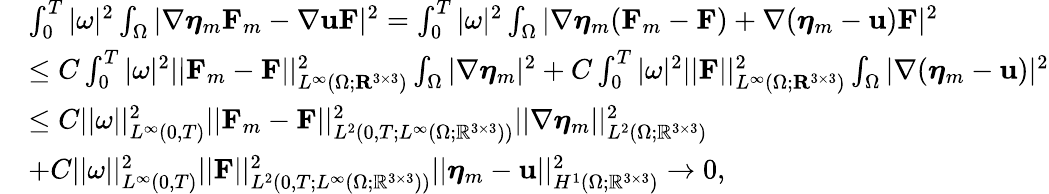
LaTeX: \begin{array}{rl}&{\int_{0}^{T}|\omega|^{2}\int_{\Omega}|\nabla\boldsymbol{\eta}_{m}\mathbf{F}_{m}-\nabla\mathbf{u}\mathbf{F}|^{2}=\int_{0}^{T}|\omega|^{2}\int_{\Omega}|\nabla\boldsymbol{\eta}_{m}(\mathbf{F}_{m}-\mathbf{F})+\nabla(\boldsymbol{\eta}_{m}-\mathbf{u})\mathbf{F}|^{2}}\\ &{\leq C\int_{0}^{T}|\omega|^{2}||\mathbf{F}_{m}-\mathbf{F}||_{L^{\infty}(\Omega;\mathbf{R}^{3\times 3})}^{2}\int_{\Omega}|\nabla\boldsymbol{\eta}_{m}|^{2}+C\int_{0}^{T}|\omega|^{2}||\mathbf{F}||_{L^{\infty}(\Omega;\mathbf{R}^{3\times 3})}^{2}\int_{\Omega}|\nabla(\boldsymbol{\eta}_{m}-\mathbf{u})|^{2}}\\ &{\leq C||\omega||_{L^{\infty}(0,T)}^{2}||\mathbf{F}_{m}-\mathbf{F}||_{L^{2}(0,T;L^{\infty}(\Omega;\mathbb{R}^{3\times 3}))}^{2}||\nabla\boldsymbol{\eta}_{m}||_{L^{2}(\Omega;\mathbb{R}^{3\times 3})}^{2}}\\ &{+C||\omega||_{L^{\infty}(0,T)}^{2}||\mathbf{F}||_{L^{2}(0,T;L^{\infty}(\Omega;\mathbb{R}^{3\times 3}))}^{2}||\boldsymbol{\eta}_{m}-\mathbf{u}||_{H^{1}(\Omega;\mathbb{R}^{3\times 3})}^{2}\to 0,}\end{array}